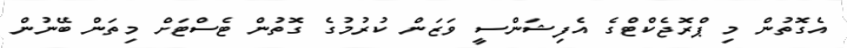
އެގޮތުން މި ޕްރޮޖެކްޓްގެ އެފިޝަންސީ ވަޒަން ކުރުމުގެ ގޮތުން ޓެސްޓަށް މިތަން ބޭނުން